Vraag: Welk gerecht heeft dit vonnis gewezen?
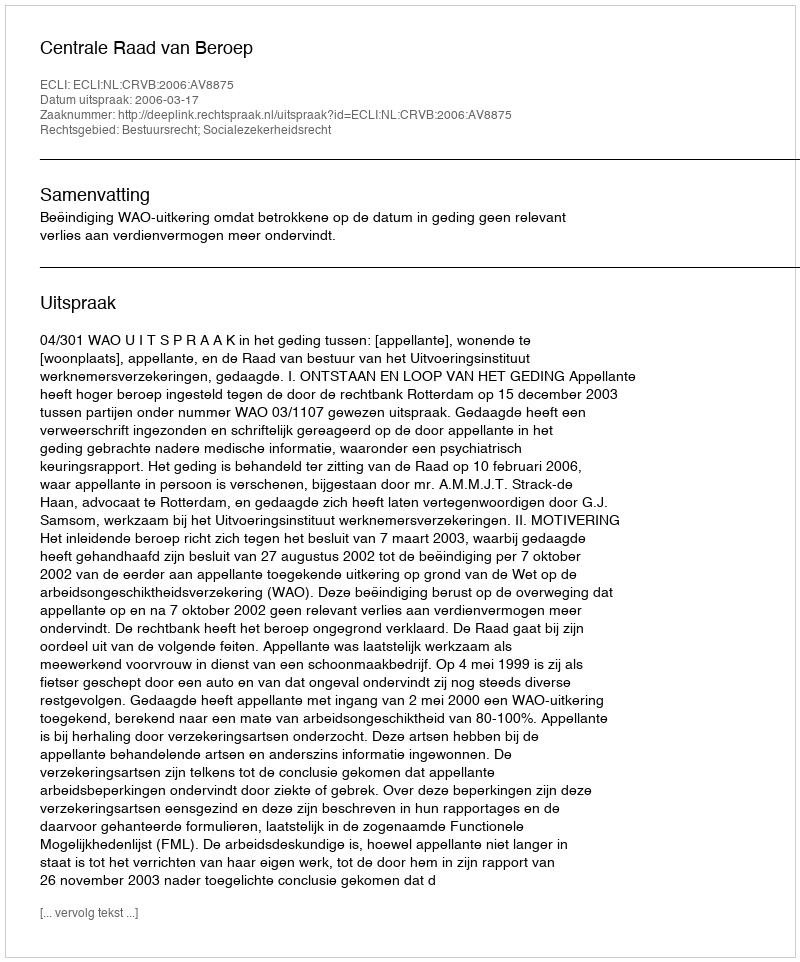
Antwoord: Centrale Raad van Beroep